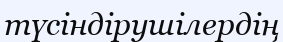
түсіндірушілердің